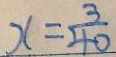
x = \frac { 3 } { 4 0 }